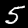
Label: 5